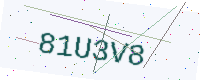
Text: 81U3V8